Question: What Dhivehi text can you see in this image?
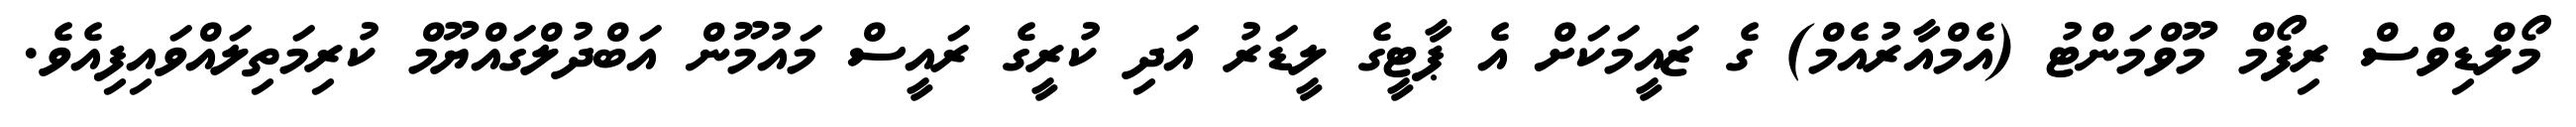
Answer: މޯލްޑިވްސް ރިފޯމް މޫވްމަންޓު (އެމްއާރުއެމް) ގެ ޒައީމަކަށް އެ ޕާޓީގެ ލީޑަރު އަދި ކުރީގެ ރައީސް މައުމޫން އަބްދުލްގައްޔޫމް ކުރިމަތިލައްވައިފިއެވެ.